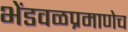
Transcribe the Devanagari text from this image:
भेंडवळप्रमाणेच